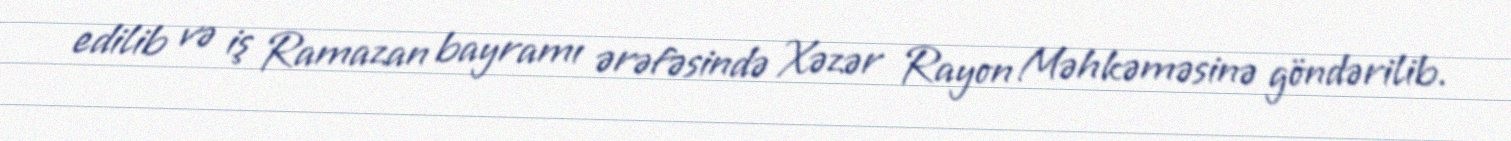
edilib və iş Ramazan bayramı ərəfəsində Xəzər Rayon Məhkəməsinə göndərilib.